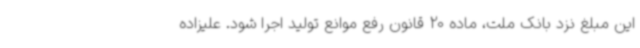
این مبلغ نزد بانک ملت، ماده 20 قانون رفع موانع تولید اجرا شود. علیزاده